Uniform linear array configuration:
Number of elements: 64
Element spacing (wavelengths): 1
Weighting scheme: uniform
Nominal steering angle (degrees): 15
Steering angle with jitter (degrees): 13.247
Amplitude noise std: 0.05
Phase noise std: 0.05

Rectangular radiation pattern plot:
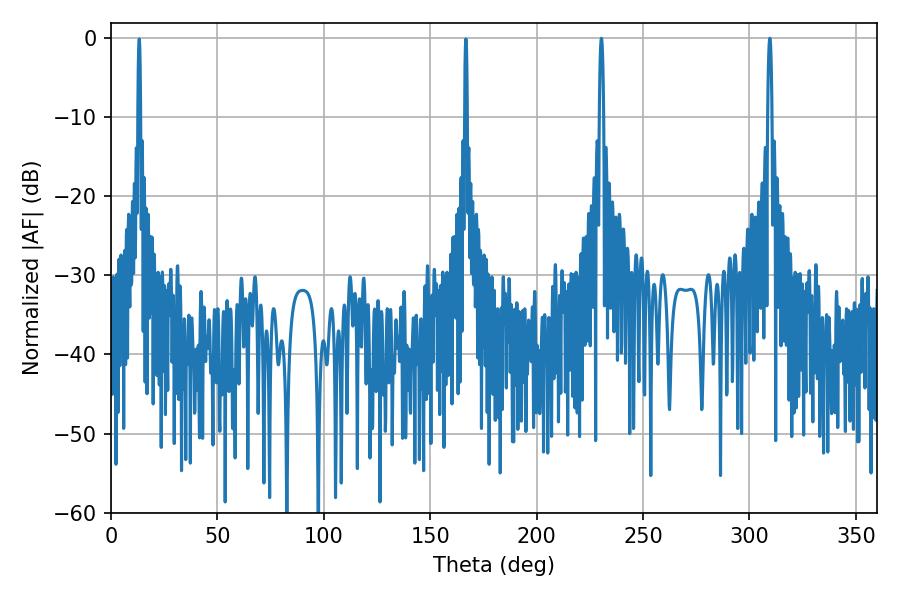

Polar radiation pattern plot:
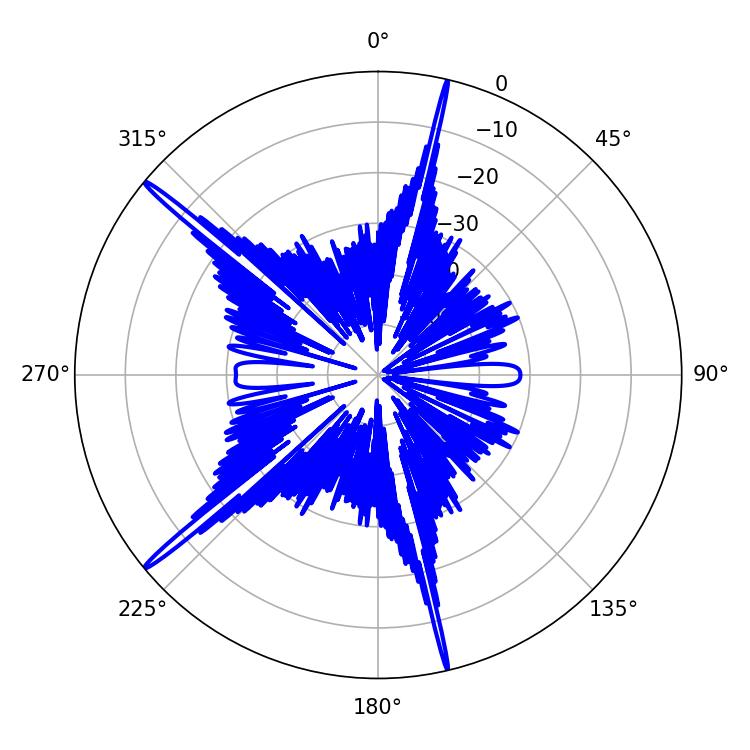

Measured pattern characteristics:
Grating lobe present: TRUE
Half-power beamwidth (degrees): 1.08
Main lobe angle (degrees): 230.4